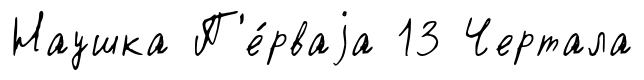
Наушка П'е́рваjа 13 Чертала